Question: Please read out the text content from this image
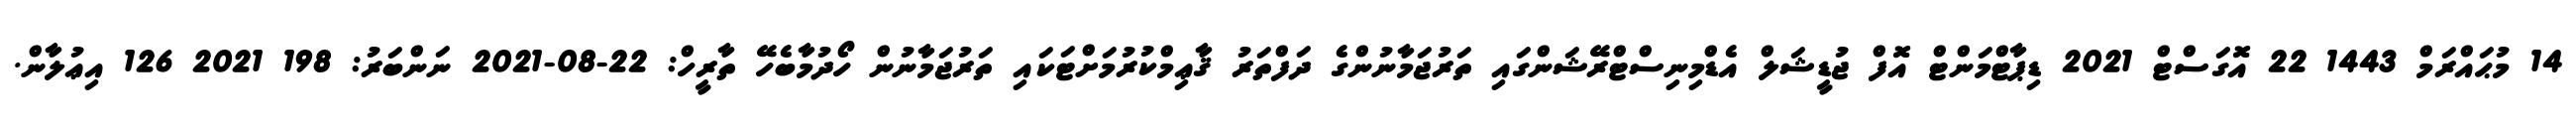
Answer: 14 މުޙައްރަމް 1443 22 އޮގަސްޓް 2021 ޑިޕާޓްމަންޓް އޮފް ޖުޑީޝަލް އެޑްމިނިސްޓްރޭޝަންގައި ތަރުޖަމާނުންގެ ދަފްތަރު ޤާޢިމްކުރުމަށްޓަކައި ތަރުޖަމާނުން ހޯދުމާބެހޭ ތާރީހް: 22-08-2021 ނަންބަރު: 198 2021 126 އިޢުލާން.